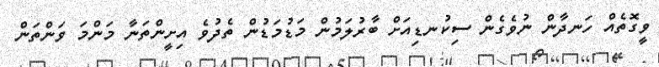
ވީގޮތެއް ހަނދާން ނުވެގެން ސިކުނޑިއަށް ބާރުލަމުން މަޑުމަޑުން ތެދުވެ އިށީންތަނާ މަންމަ ވަންތަން